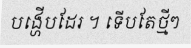
បង្ហើបដែរ ។ ទើបតែថ្មីៗ